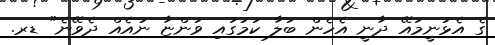
ގެ އެޅުނީމައޭ ދާާނީ އެހެން ބަލާ ކަމުގައި ވަންޏާ ނުއެއް ދެވޭނެ" ޑރ.